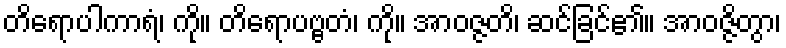
တိရောပါကာရံ၊ ကို။ တိရောပဗ္ဗတံ၊ ကို။ အာဝဇ္ဇတိ၊ ဆင်ခြင်၏။ အာဝဇ္ဇိတွာ၊